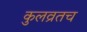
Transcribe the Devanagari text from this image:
कुलव्रतच